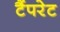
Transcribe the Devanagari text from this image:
टैंपरेट